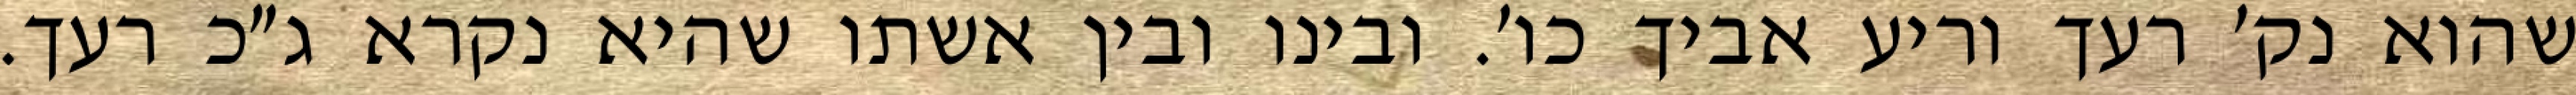
שהוא נק׳ רעך וריע אביך כו׳. ובינו ובין אשתו שהיא נקרא ג״כ רעך.